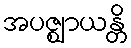
အပဇ္ဈာယန္တိ